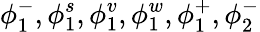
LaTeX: \phi_{1}^{-},\phi_{1}^{s},\phi_{1}^{v},\phi_{1}^{w},\phi_{1}^{+},\phi_{2}^{-}